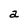
Character: a